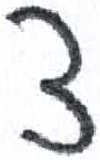
אות: צ